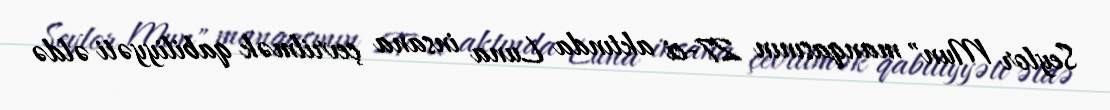
Seylor Mun" manqasının 27-ci aktında Luna insana çevrilmək qabiliyyəti əldə